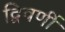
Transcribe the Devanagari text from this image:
द्विवर्णी